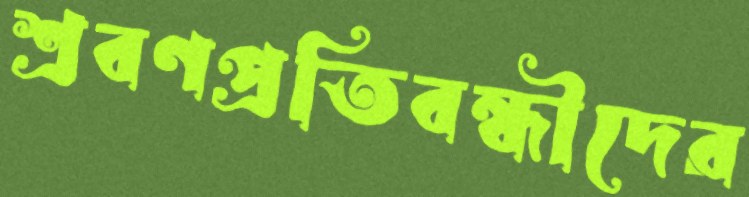
শ্রবণপ্রতিবন্ধীদের